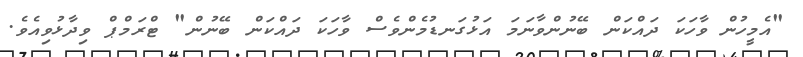
"އެމީހުން ވާހަކަ ދައްކަން ބޭނުންވާނަމަ އަޅުގަނޑުމެންވެސް ވާހަކަ ދައްކަން ބޭނުން" ޓްރަމްޕް ވިދާޅުވިއެވެ.